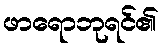
ဖာရောဘုရင်၏